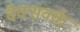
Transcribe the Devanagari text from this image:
वैक्सवर्क